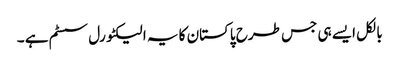
بالکل ایسے ہی جس طرح پاکستان کا یہ الیکٹورل سسٹم ہے ۔